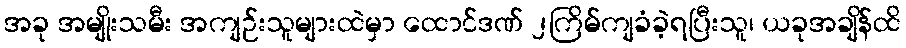
အခု အမျိုးသမီး အကျဉ်းသူများထဲမှာ ထောင်ဒဏ် ၂ကြိမ်ကျခံခဲ့ရပြီးသူ၊ ယခုအချိန်ထိ